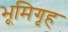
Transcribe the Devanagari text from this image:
भूमिगृह